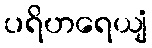
ပရိဟရေယျံ